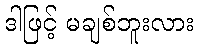
ဒါဖြင့် မချစ်ဘူးလား